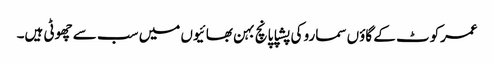
عمرکوٹ کے گاؤں سمارو کی پشپا پانچ بہن بھائیوں میں سب سے چھوٹی ہیں۔